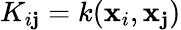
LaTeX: K_{i\mathbf{j}}=k(\mathbf{{x}}_{i},\mathbf{{x}}_{\mathbf{j}})